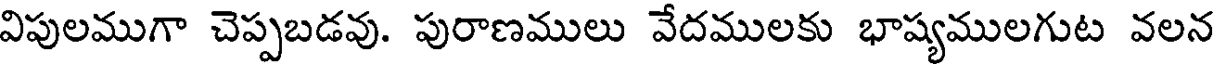
విపులముగా చెప్పబడవు. పురాణములు వేదములకు భాష్యములగుట వలన